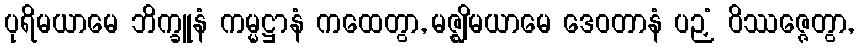
ပုရိမယာမေ ဘိက္ခူနံ ကမ္မဋ္ဌာနံ ကထေတွာ, မဇ္ဈိမယာမေ ဒေဝတာနံ ပဉှံ ဝိဿဇ္ဇေတွာ,